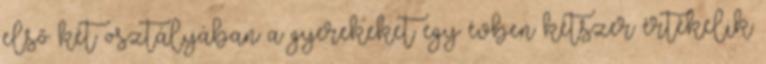
első két osztályában a gyerekeket egy évben kétszer értékelik